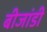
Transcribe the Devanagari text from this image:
बीजांडी